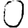
Digit: 0